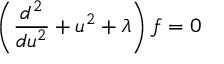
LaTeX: \left( { \frac { d ^ { 2 } } { d u ^ { 2 } } } + u ^ { 2 } + \lambda \right) f = 0